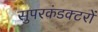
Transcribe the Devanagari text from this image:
सुपरकंडक्टरों